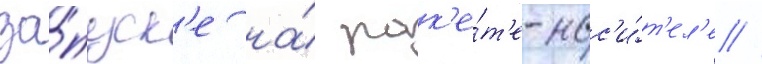
за́пуск'е на́ рак'е́т'е-нос'и́т'ел'е //